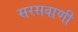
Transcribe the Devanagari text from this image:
सरसवाणी